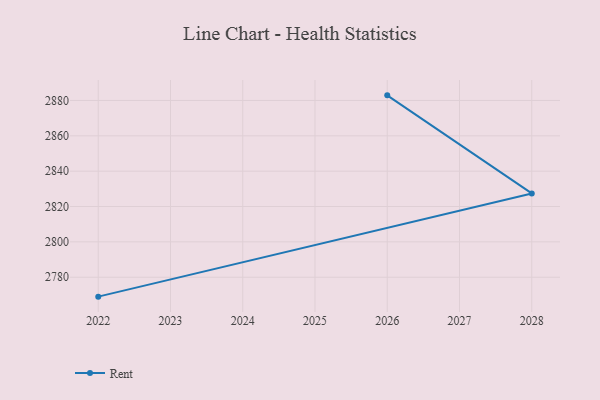
{"axis": {"x": "Year", "y": "Budget (USD K)"}, "legend": ["Rent"], "data": [{"x": "2026", "y": 2882.9, "type": "Rent"}, {"x": "2028", "y": 2827.4, "type": "Rent"}, {"x": "2022", "y": 2769.0, "type": "Rent"}]}